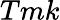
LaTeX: Tmk